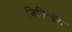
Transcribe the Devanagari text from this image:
जिनिन्डेरा